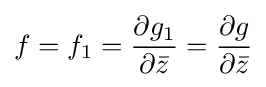
f=f_{1}={\frac {\partial g_{1}}{\partial {\bar {z}}}}={\frac {\partial g}{\partial {\bar {z}}}}